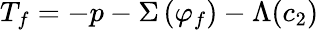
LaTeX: T_{f}=-p-\Sigma\left(\varphi_{f}\right)-\Lambda(c_{2})